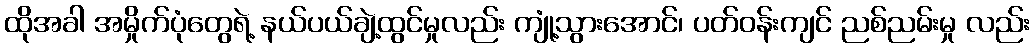
ထိုအခါ အမှိုက်ပုံတွေရဲ့ နယ်ပယ်ချဲ့ထွင်မှုလည်း ကျုံ့သွားအောင်၊ ပတ်ဝန်းကျင် ညစ်ညမ်းမှု လည်း